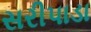
સરીપાડા